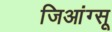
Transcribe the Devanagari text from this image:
जिआंग्सू